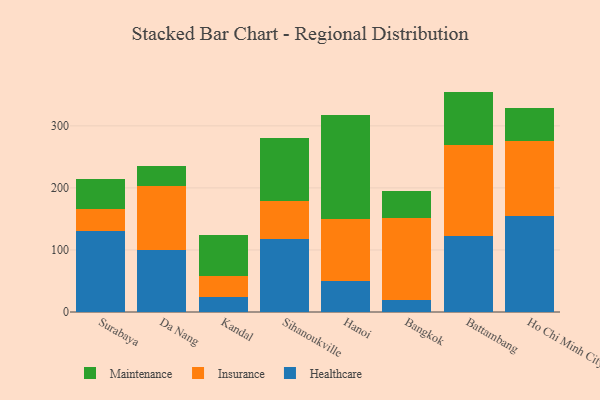
{"axis": {"x": "City", "y": "Inventory Turnover"}, "legend": ["Healthcare", "Insurance", "Maintenance"], "data": [{"x": "Surabaya", "y": 130.9, "type": "Healthcare"}, {"x": "Surabaya", "y": 35.8, "type": "Insurance"}, {"x": "Surabaya", "y": 47.5, "type": "Maintenance"}, {"x": "Da Nang", "y": 99.5, "type": "Healthcare"}, {"x": "Da Nang", "y": 103.0, "type": "Insurance"}, {"x": "Da Nang", "y": 32.6, "type": "Maintenance"}, {"x": "Kandal", "y": 23.5, "type": "Healthcare"}, {"x": "Kandal", "y": 34.9, "type": "Insurance"}, {"x": "Kandal", "y": 65.1, "type": "Maintenance"}, {"x": "Sihanoukville", "y": 117.6, "type": "Healthcare"}, {"x": "Sihanoukville", "y": 60.6, "type": "Insurance"}, {"x": "Sihanoukville", "y": 102.0, "type": "Maintenance"}, {"x": "Hanoi", "y": 50.7, "type": "Healthcare"}, {"x": "Hanoi", "y": 99.4, "type": "Insurance"}, {"x": "Hanoi", "y": 168.0, "type": "Maintenance"}, {"x": "Bangkok", "y": 19.6, "type": "Healthcare"}, {"x": "Bangkok", "y": 132.0, "type": "Insurance"}, {"x": "Bangkok", "y": 44.2, "type": "Maintenance"}, {"x": "Battambang", "y": 123.0, "type": "Healthcare"}, {"x": "Battambang", "y": 146.5, "type": "Insurance"}, {"x": "Battambang", "y": 85.7, "type": "Maintenance"}, {"x": "Ho Chi Minh City", "y": 154.8, "type": "Healthcare"}, {"x": "Ho Chi Minh City", "y": 121.2, "type": "Insurance"}, {"x": "Ho Chi Minh City", "y": 52.4, "type": "Maintenance"}]}